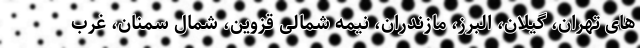
های تهران، گیلان، البرز، مازندران، نیمه شمالی قزوین، شمال سمنان، غرب